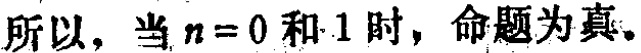
所以，当 \(n = 0\) 和 \(1\) 时，命题为真。